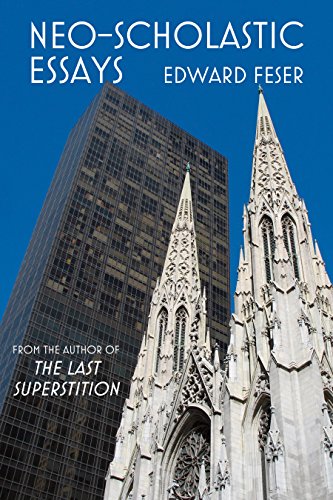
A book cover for Neo-Scholastic Essays; Edward Feser; Politics & Social Sciences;